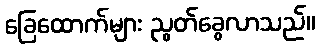
ခြေထောက်များ ညွတ်ခွေလာသည်။